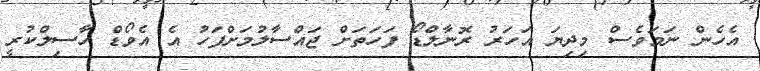
އެހެން ނަމަވެސް މިދިޔަ އަހަރު ރޮނާލްޑޯ ފަހަތަށް ޖައްސާލުމަށްފަހު އެ އެވޯޑް ހާސިލްކުރީ